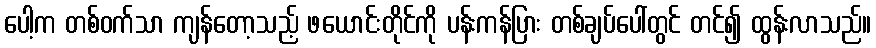
ပေါ့က တစ်ဝက်သာ ကျန်တော့သည့် ဖယောင်းတိုင်ကို ပန်းကန်ပြား တစ်ချပ်ပေါ်တွင် တင်၍ ထွန်းလာသည်။